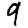
Digit: 9